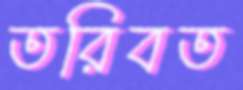
তরিবত